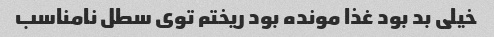
خیلی بد بود غذا مونده بود ریختم توی سطل نامناسب